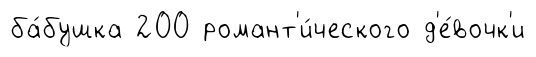
ба́бушка 200 романт'и́ческого д'е́вочк'и